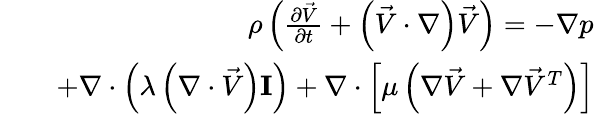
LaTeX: \begin{array}{rlr}&{}&{\rho\left(\frac{\partial\vec{V}}{\partial t}+\left(\vec{V}\cdot\nabla\right)\vec{V}\right)=-\nabla p}\\ &{}&{+\nabla\cdot\left(\lambda\left(\nabla\cdot\vec{V}\right)\mathbf{I}\right)+\nabla\cdot\left[\mu\left(\nabla\vec{V}+\nabla\vec{V}^{T}\right)\right]}\end{array}